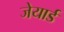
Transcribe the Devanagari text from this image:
जेयार्ड